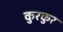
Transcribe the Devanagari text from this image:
कुरकुर